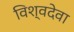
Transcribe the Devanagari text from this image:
विश्वदेवा